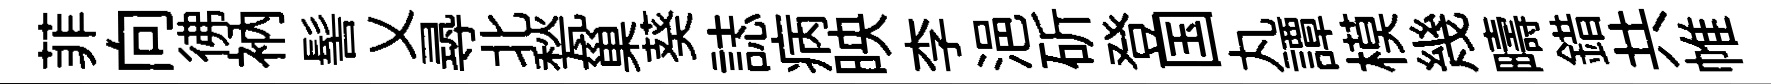
菲向彿衲髻乂𡬶北甃巢葵誌病映李浥斫登国丸譚模幾疇錯共帷